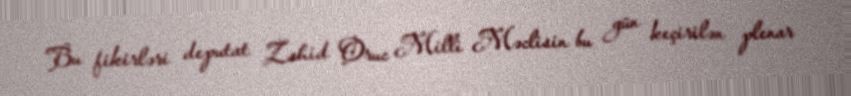
Bu fikirləri deputat Zahid Oruc Milli Məclisin bu gün keçirilən plenar